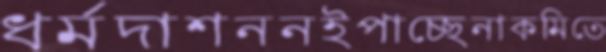
ধর্মদাশননইপাচ্ছেনাকমিতে